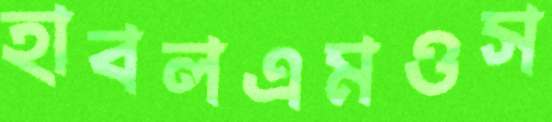
হাবলএমওস